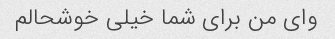
وای من برای شما خیلی خوشحالم